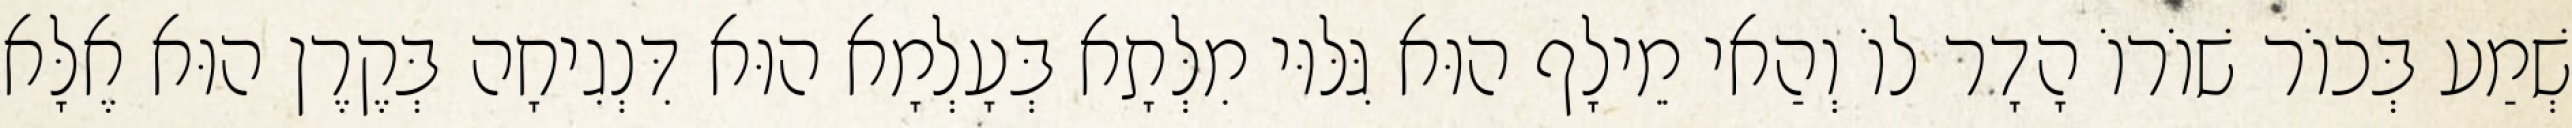
שְׁמַע בְּכוֹר שׁוֹרוֹ הָדָר לוֹ וְהַאי מֵילָף הוּא גִּלּוּי מִלְּתָא בְּעָלְמָא הוּא דִּנְגִיחָה בְּקֶרֶן הוּא אֶלָּא